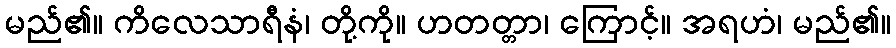
မည်၏။ ကိလေသာရီနံ၊ တို့ကို။ ဟတတ္တာ၊ ကြောင့်။ အရဟံ၊ မည်၏။